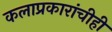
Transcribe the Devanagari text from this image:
कलाप्रकारांचीही